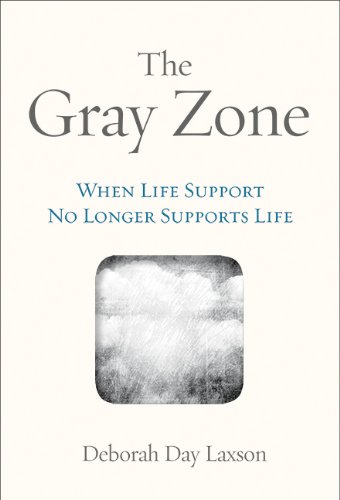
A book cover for The Gray Zone; Deborah Laxson; Law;